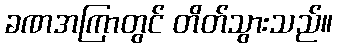
ခဏအကြာတွင် တိတ်သွားသည်။